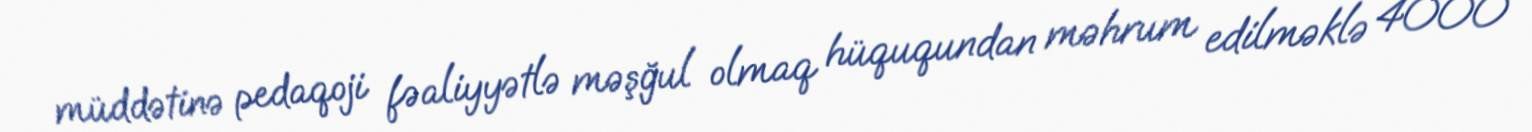
müddətinə pedaqoji fəaliyyətlə məşğul olmaq hüququndan məhrum edilməklə 4000